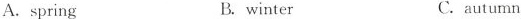
A.spring B.winter C.autumn